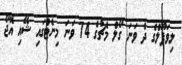
ލިވަޕޫލްގެ ދެ ވަނަ ގޯލް މެޗުގެ 74 ވަނަ މިނެޓްގައި ޝޭއި އޮޖޯ